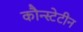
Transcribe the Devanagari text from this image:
कौन्स्टेटीन